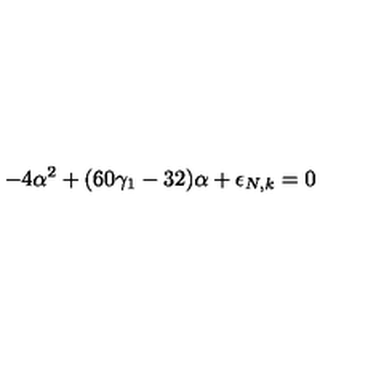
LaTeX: - 4 \alpha ^ { 2 } + ( 6 0 \gamma _ { 1 } - 3 2 ) \alpha + \epsilon _ { N , k } = 0